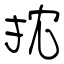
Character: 抌